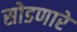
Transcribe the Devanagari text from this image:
सोडणारे